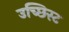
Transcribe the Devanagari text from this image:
उच्छिस्ट